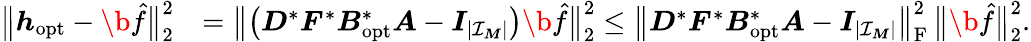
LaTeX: \begin{array}{rl}{\big\| \boldsymbol h_{\mathrm{opt}}-\b{\hat{f}}\big\| _{2}^{2}}&{=\big\| \big(\boldsymbol D^{*}\boldsymbol F^{*}\boldsymbol B_{\mathrm{opt}}^{*}\boldsymbol A-\boldsymbol I_{|\mathcal I_{\boldsymbol M}|}\big)\b{\hat{f}}\big\| _{2}^{2}\leq\big\| \boldsymbol D^{*}\boldsymbol F^{*}\boldsymbol B_{\mathrm{opt}}^{*}\boldsymbol A-\boldsymbol I_{|\mathcal I_{\boldsymbol M}|}\big\| _{\mathrm F}^{2}\, \big\| \b{\hat{f}}\big\| _{2}^{2}.}\end{array}